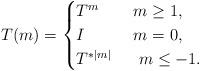
LaTeX: \begin{align*}T(m)=\begin{cases}T^m & \ m \geq 1,\\I & \ m=0,\\T^{*|m|} & ~~ m \leq -1.\end{cases}\end{align*}